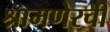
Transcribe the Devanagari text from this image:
श्रामणेरची